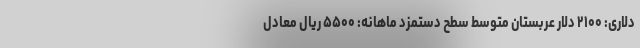
دلاری: ۲۱۰۰ دلار عربستان متوسط سطح دستمزد ماهانه: ۵۵۰۰ ریال معادل